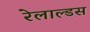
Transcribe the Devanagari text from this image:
रेलाल्डस